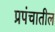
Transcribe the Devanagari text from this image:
प्रपंचातील